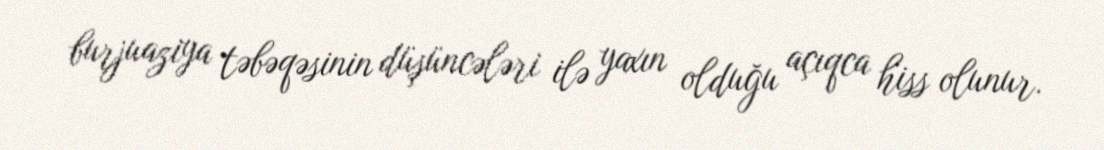
burjuaziya təbəqəsinin düşüncələri ilə yaxın olduğu açıqca hiss olunur.